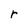
Character: r